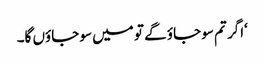
‘اگر تم سو جاؤ گے تو میں سو جاؤں گا۔